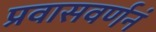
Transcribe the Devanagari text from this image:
प्रवासवर्णनं